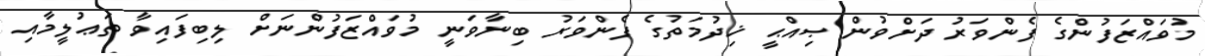
މުވައްޒަފުންގެ ފެންވަރު ދަށްވުން ޞިއްޙީ ޚިދުމަތުގެ ފެންވަރު ބިނާވަނީ މުވައްޒަފުންނަށް ލިބިފައިވާ ތަޢުލީމާއި